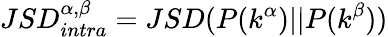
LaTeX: \displaystyle JSD_{intra}^{\alpha,\beta}=JSD(P(k^{\alpha})||P(k^{\beta}))